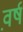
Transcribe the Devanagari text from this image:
व़र्ष